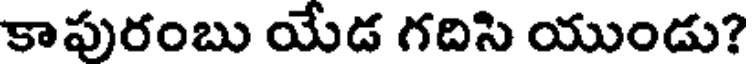
కాపురంబు యేడ గదిసి యుండు?